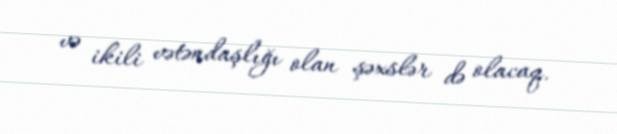
və ikili vətəndaşlığı olan şəxslər də olacaq.